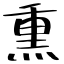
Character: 熏